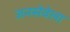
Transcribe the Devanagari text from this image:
जनसेवेला